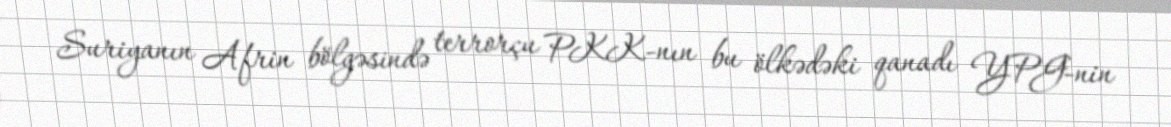
Suriyanın Afrin bölgəsində terrorçu PKK-nın bu ölkədəki qanadı YPG-nin